Etiology and epidemiology of plague
Disease focus: Plague
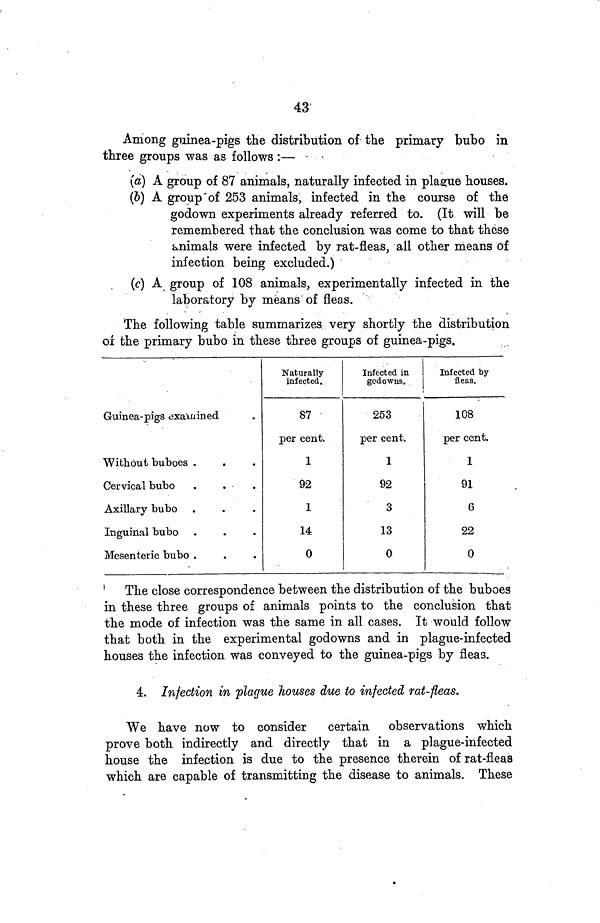
43
Among guinea-pigs the distribution of the primary bubo in
three groups was as follows
:—
(a) A. group of 87 animals, naturally infected in plague houses.
(6) A group of 253 animals, infected in the course of the
godown experiments already referred to. (It will be
remembered that the conclusion was come to that these
animals were infected by rat-fleas, all other means of
infection being excluded.)
(c) A group of 108 animals, experimentally infected in the
laboratory by means of fleas.
The following table summarizes very shortly the distribution
of the primary bubo in these three groups of guinea-pigs.
Guinea-pigs examined
Without buboes .
Cervical bubo
Axillary bubo
Inguinal bubo
Mesenteric bubo .
Naturally
infected.
87
per cent.
1
92
1
14
0
Infected in
gcdowns.
253
per cent.
1
92
3
13
0
Infected by
fleas.
108
per cent.
1
91
6
22
0
The close correspondence between the distribution of the buboes
in these three groups of animals points to the conclusion that
the mode of infection was the same in all cases. It would follow
that both in the experimental godowns and in plague-infected
houses the infection was conveyed to the guinea-pigs by fleas.
4. Infection in plague houses due to infected rat-fleas.
We have now to consider
certain observations which
prove both indirectly and directly that in a plague-infected
house the infection is due to the presence therein of rat-fleas
which are capable of transmitting the disease to animals. These